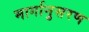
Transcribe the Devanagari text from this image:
मार्गानुसरण